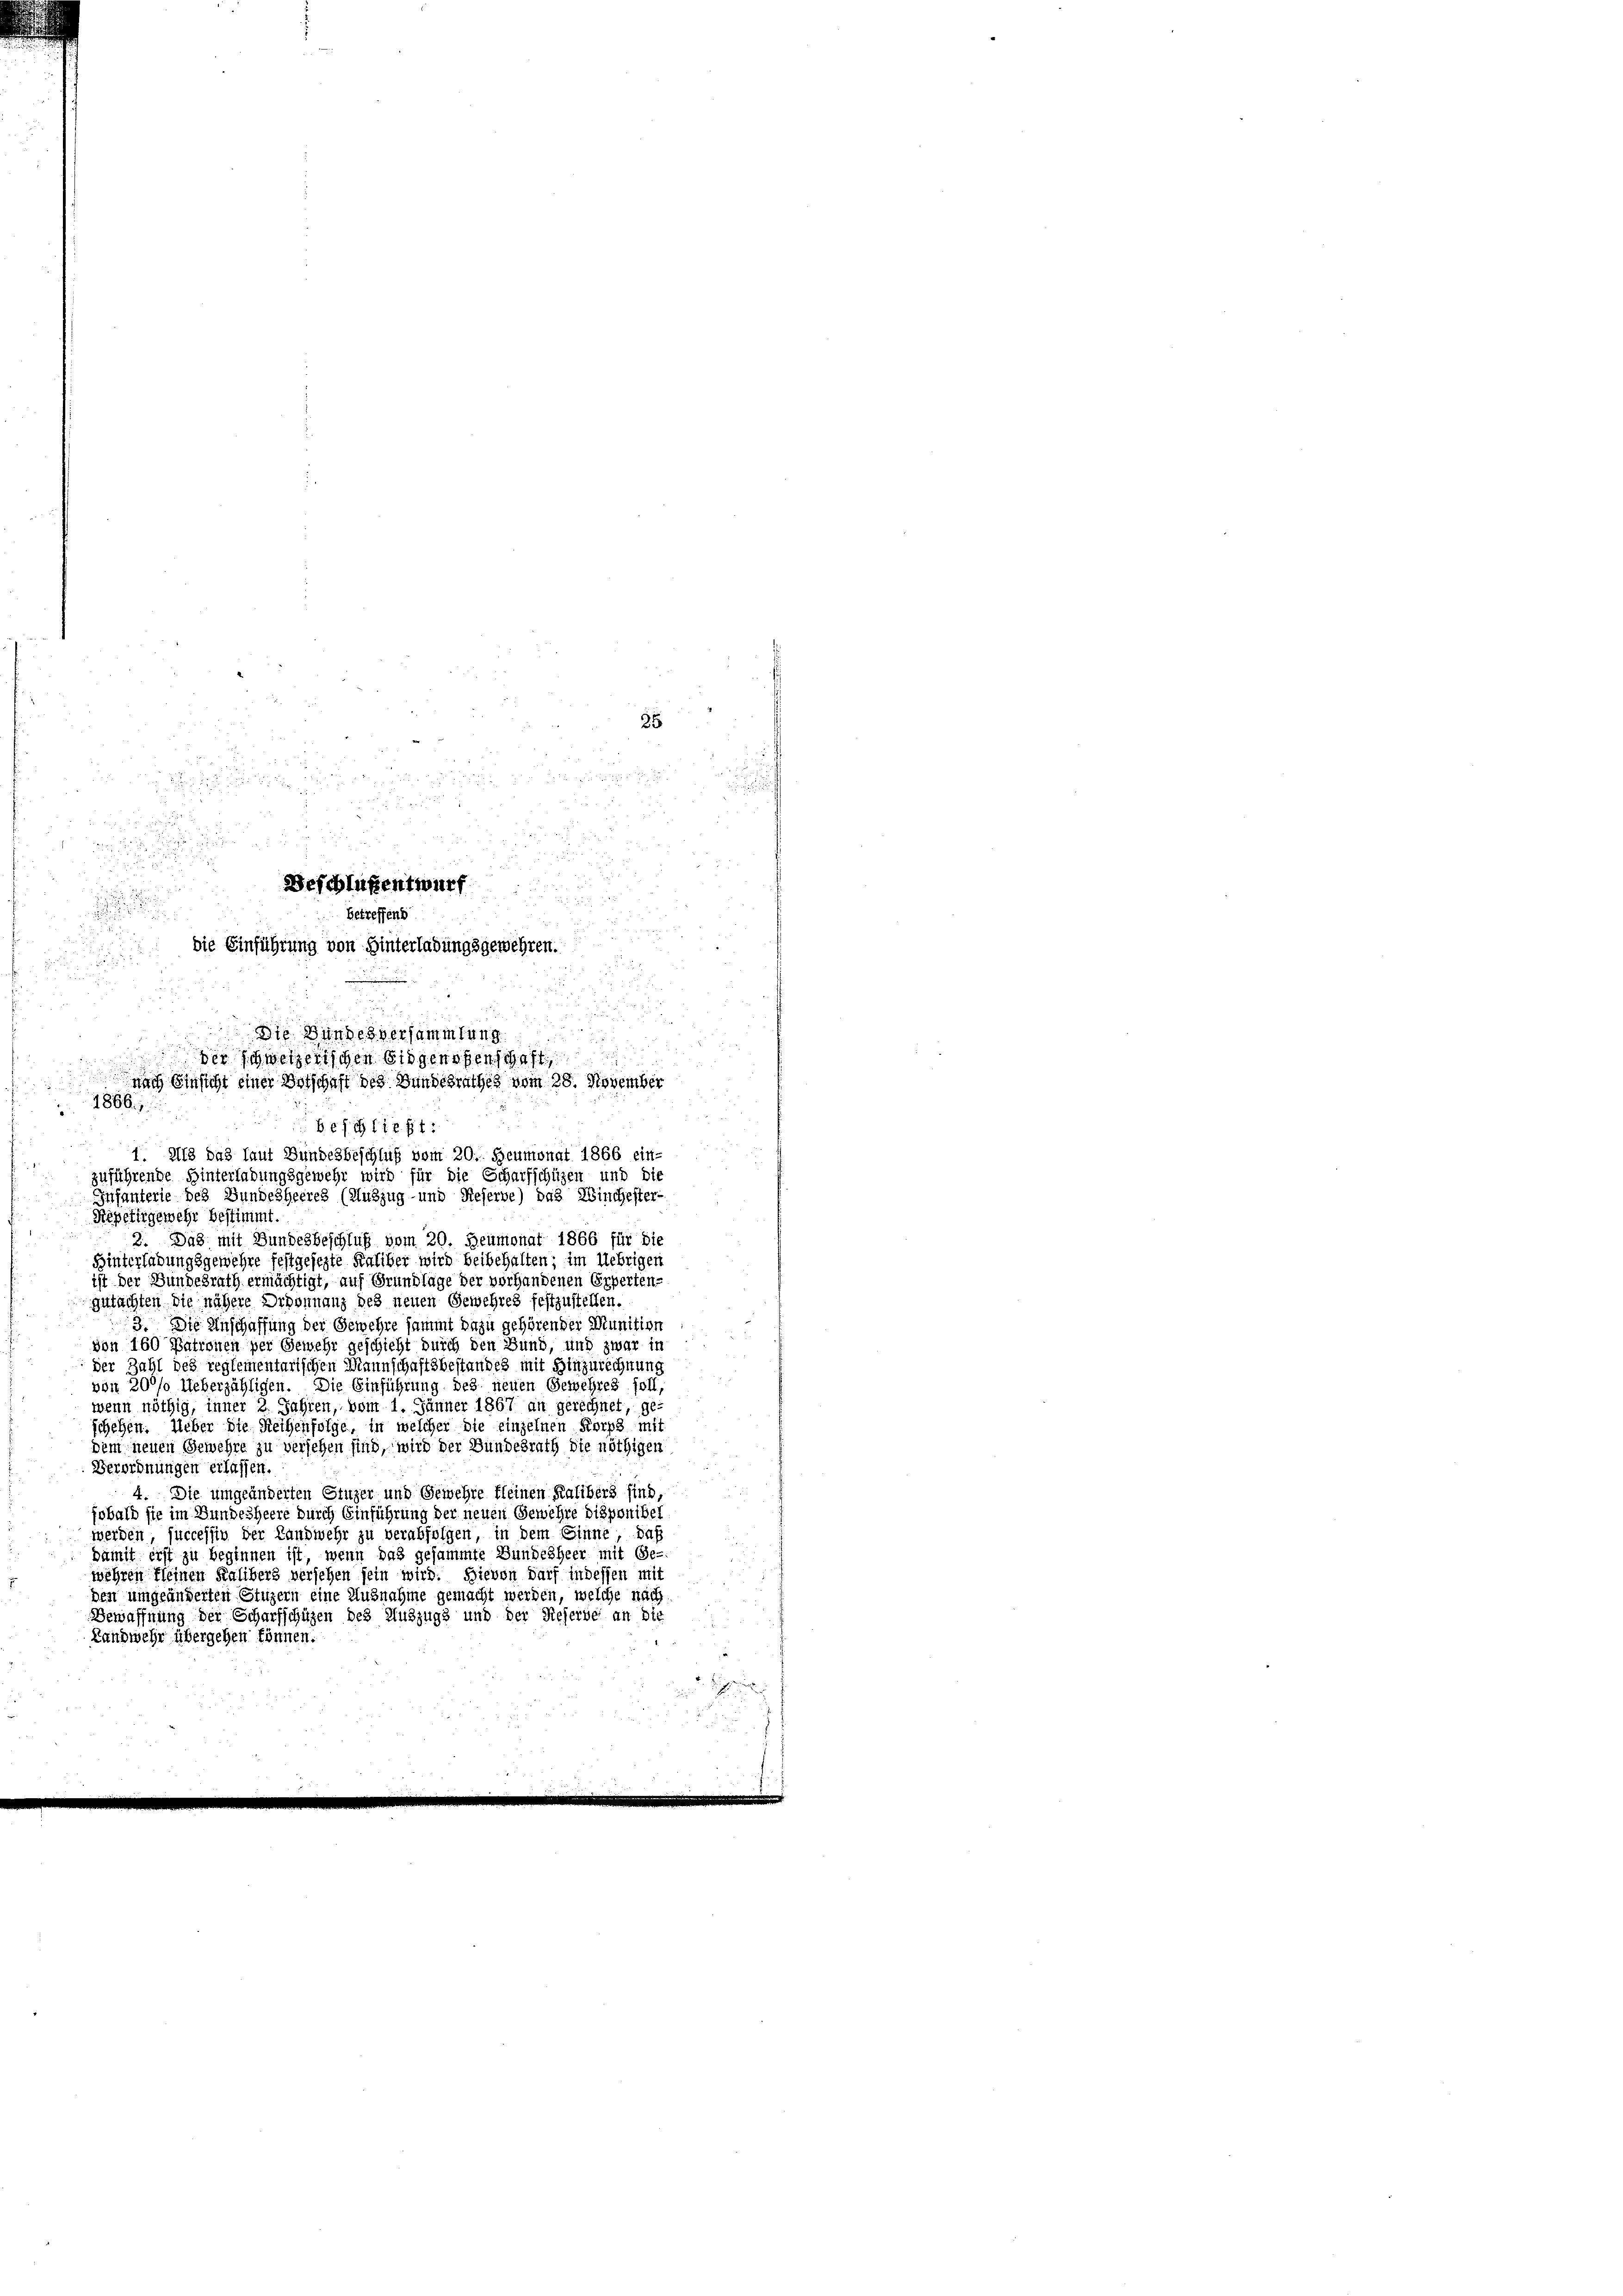
r

s

.

u

Beschlüßentwurf

u

Betreffens

.

die Einführung von Hinterladungsgewehren.
u

u
:
.
Die Bundesversammlung
1

der schweizerischen Eidgenossenschaft

nach Einsicht einer Botschaft des Bundesrathes vom 28. November
1866.
2

Beschließt:
1. 213 das laut Bundesbeschluß vom 20. Heumonat 1866 ein-

zuführende Hinterlabungsgewehr wird für die Scharfschüzen und die
Infanterie des Bundesheeres (Auszug- und Reserve) das Winchester-
Repetirgemehr bestimmt.
3. Das mit Bundesbeschluß vom 20. Heumonat 1866 für die
Hinterlabungsgewehre festgesezte Kaliber wird beibehalten; im Uebrigen
ist der Bundesrath ermächtigt, auf Grundlage der vorhandenen Experten-
gutachten die nähere Ordonnanz des neuen Gewehres festzustellen.
3. Die Anschaffung der Gewehre sammt dazu gehören der Munition
von 160 Patronen per Gewehr geschicht durch den Bund, und zwar in
der Zahl des reglementarischen Mannschaftsbestandes mit Hinzurechnung
von 20% Ueberzähligen. Die Einführung des neuen Gewehres soll,
wenn nöthig, inner 2 Jahren, vom 1. Jänner 1867 an gerechnet, ge-
schehen. Ueber die Reihenfolge, in welcher die einzelnen Korps mit
dem neuen Gewehre zu versehen sind, wird der Bundesrath die nöthigen
Verordnungen erlassen.
4. Die umgeänderten Etuzer und Gewehre kleinen Kalibers sind,
fobald sie im Bundesherre durch Einführung der neuen Gewehre disponibel
werden successiv der Landwehr zu verabfolgen, in dem Sinne, daß
damit erst zu beginnen ist, wenn das gesammte Bundesheer mit Ge-
wehren Kleinen Kalibers versehen sein wird. Hievon darf indessen mit
den umgeänderten Stuzern eine Ausnahme gemacht werden, welche nach
Bewaffnung der Scharfschüzen des Auszugs und der Referde an die
Landwehr übergehen können.

25